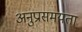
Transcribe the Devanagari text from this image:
अनुप्रासमयता